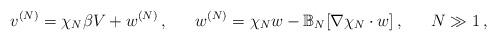
LaTeX: \begin{align*}v^{(N)} = \chi_N \beta V + w^{(N)}\,,~~~~~w^{(N)} = \chi_N w - \mathbb{B}_N [\nabla \chi_N \cdot w]\,,~~~~~ N\gg 1\,,\end{align*}